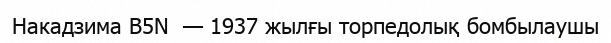
Накадзима B5N  — 1937 жылғы торпедолық бомбылаушы